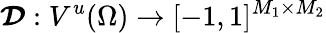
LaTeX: \boldsymbol{\mathcal{D}}:V^{u}(\Omega)\to[-1,1]^{M_{1}\times M_{2}}